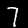
Label: 7